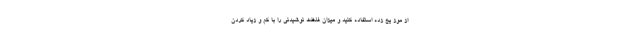
از موز یخ زده استفاده کنید و میزان غلظت نوشیدنی را با کم و زیاد کردن